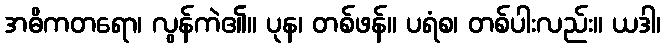
အဓိကတရော၊ လွန်ကဲ၏။ ပုန၊ တစ်ဖန်။ ပရံစ၊ တစ်ပါးလည်း။ ယဒါ၊